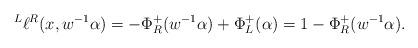
LaTeX: \begin{align*}\prescript L{}{}\ell{}^R(x,w^{-1}\alpha) =- \Phi^+_R(w^{-1}\alpha) + \Phi_L^+(\alpha)=1-\Phi^+_R(w^{-1}\alpha).\end{align*}